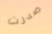
صدرت